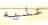
عليه